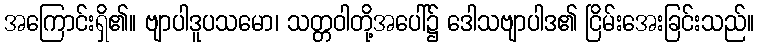
အကြောင်းရှိ၏။ ဗျာပါဒူပသမော၊ သတ္တဝါတို့အပေါ်၌ ဒေါသဗျာပါဒ၏ ငြိမ်းအေးခြင်းသည်။